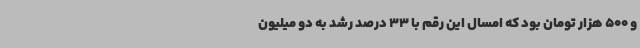
و 500 هزار تومان بود که امسال این رقم با 33 درصد رشد به دو میلیون